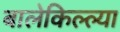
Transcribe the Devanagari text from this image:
बालेकिल्ल्या